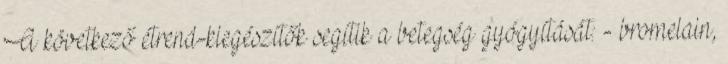
A következő étrend-kiegészítők segítik a betegség gyógyítását: - bromelain,